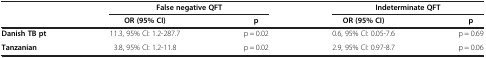
|  | <COLSPAN=2> False negative QFT | <COLSPAN=2> Indeterminate QFT |
 |  | OR (95% CI) | p | OR (95% CI) | p |
 | --- | --- | --- | --- | --- |
 | Danish TB pt | 11.3, 95% CI: 1.2-287.7 | p = 0.02 | 0.6, 95% CI: 0.05-7.6 | p = 0.69 |
 | Tanzanian | 3.8, 95% CI: 1.2-11.8 | p = 0.02 | 2.9, 95% CI: 0.97-8.7 | p = 0.06 |